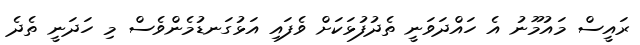
ރައީސް މައުމޫނު އެ ހައްދަވަނީ ތެދުފުޅަކަށް ވެފައި އަޅުގަނޑުމެންވެސް މި ހަދަނީ ތެދެ